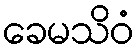
ခေမသိဝံ